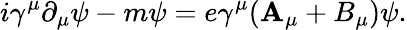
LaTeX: i\gamma^{\mu}\partial_{\mu}\psi-m\psi=e\gamma^{\mu}(\mathbf{A}_{\mu}+B_{\mu})\psi.